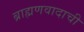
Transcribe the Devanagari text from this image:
ब्राह्मणवादाची